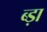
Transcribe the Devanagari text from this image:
ब्ड़ा